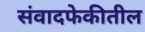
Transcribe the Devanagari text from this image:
संवादफेकीतील